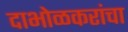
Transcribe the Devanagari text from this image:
दाभोळकरांचा